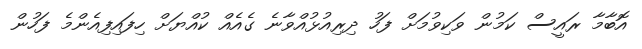
އޮބާމާ ރައީސް ކަމުން ވަކިވުމަށް ފަހު ދިރިއުޅުއްވާނެ ގެއެއް ކުއްޔަށް ހިފައިފިއެންމެ ފަހުން